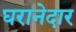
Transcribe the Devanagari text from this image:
घरानेदार